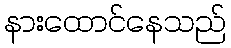
နားထောင်နေသည်